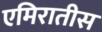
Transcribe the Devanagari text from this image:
एमिरातीस